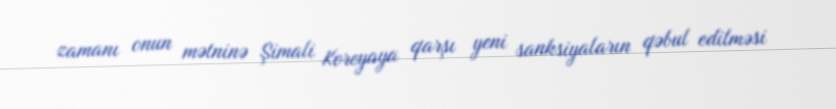
zamanı onun mətninə Şimali Koreyaya qarşı yeni sanksiyaların qəbul edilməsi